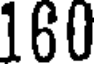
160